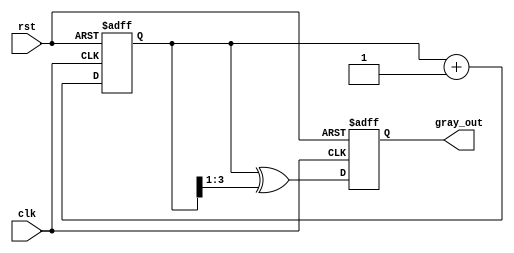
module gray_code_counter (
    input wire clk,          // Clock signal
    input wire rst,          // Asynchronous reset signal
    output reg [3:0] gray_out // Gray code output (4-bit)
);

    reg [3:0] bin_count; // Internal binary counter

    // Asynchronous reset and binary counter increment
    always @(posedge clk or posedge rst) begin
        if (rst) begin
            bin_count <= 4'b0000; // Initialize binary counter to 0
            gray_out <= 4'b0000;  // Initialize Gray code output to 0
        end else begin
            bin_count <= bin_count + 1; // Increment binary counter
            gray_out <= bin_count ^ (bin_count >> 1); // Convert to Gray code
        end
    end

endmodule